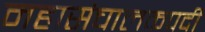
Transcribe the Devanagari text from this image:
महासंचालकपदी